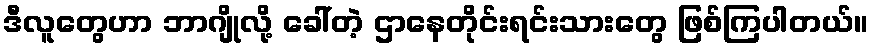
ဒီလူတွေဟာ ဘာဂျိုလို့ ခေါ်တဲ့ ဌာနေတိုင်းရင်းသားတွေ ဖြစ်ကြပါတယ်။